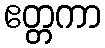
ဧတ္တကာ